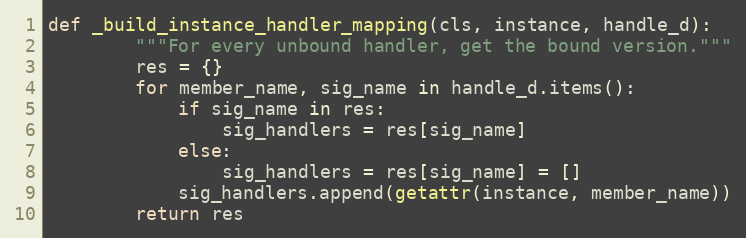
Language: Python
def _build_instance_handler_mapping(cls, instance, handle_d):
        """For every unbound handler, get the bound version."""
        res = {}
        for member_name, sig_name in handle_d.items():
            if sig_name in res:
                sig_handlers = res[sig_name]
            else:
                sig_handlers = res[sig_name] = []
            sig_handlers.append(getattr(instance, member_name))
        return res